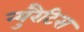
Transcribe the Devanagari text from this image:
न्युरैटिस